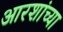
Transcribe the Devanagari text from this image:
आरशांच्या